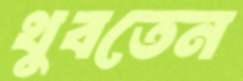
থুবতেন